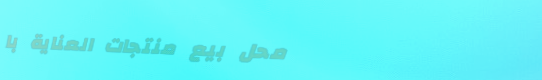
محل بيع منتجات العناية با